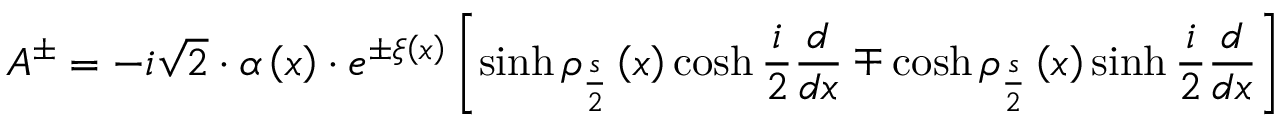
A ^ { \pm } = - i \sqrt { 2 } \cdot \alpha \left( x \right) \cdot e ^ { \pm \xi \left( x \right) } \left[ \sinh \rho _ { \frac { s } { 2 } } \left( x \right) \cosh \frac { i } { 2 } \frac { d } { d x } \mp \cosh \rho _ { \frac { s } { 2 } } \left( x \right) \sinh \frac { i } { 2 } \frac { d } { d x } \right]